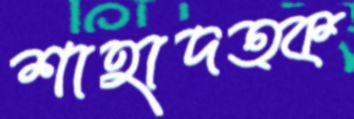
শাহাদত্ক